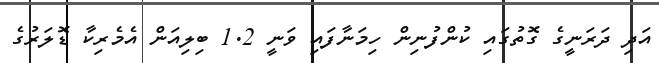
އަދި ދަރަނީގެ ގޮތުގައި ކުންފުނިން ހިމަނާފައި ވަނީ 1.2 ބިލިއަން އެމެރިކާ ޑޮލަރުގެ